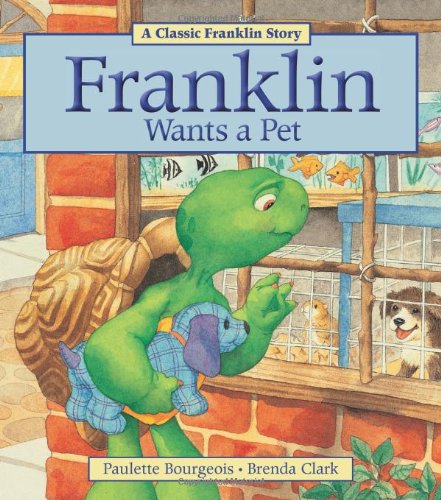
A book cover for Franklin Wants a Pet; Paulette Bourgeois; Children's Books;